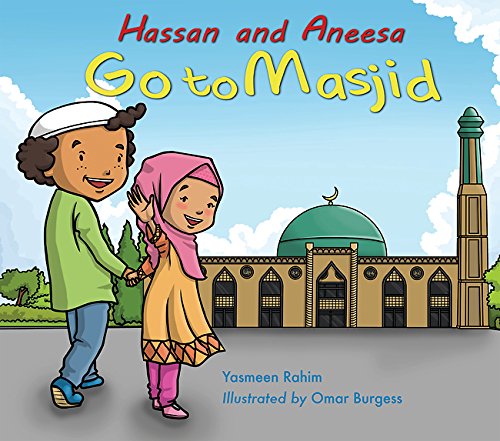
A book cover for Hassan and Aneesa Go to Masjid; Yasmeen Rahim; Children's Books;